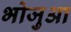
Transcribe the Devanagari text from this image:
भोजुआ